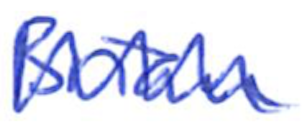
Text: Brian
Cross-out: mix
Writing tool: ballpoint